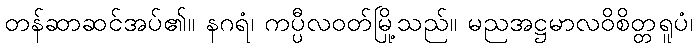
တန်ဆာဆင်အပ်၏။ နဂရံ၊ ကပ္ပီလဝတ်မြို့သည်။ မညအဋ္ဌမာလဝိစိတ္တရူပံ၊